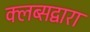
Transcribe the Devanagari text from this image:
क्लब्सद्वारा